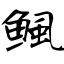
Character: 鲺